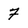
Character: 7